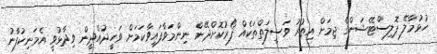
ހުޅުމާލޭ ޕޮލިސްޓޭޝަންގެ ޖިމަށް އިތުރު ވަސީލަތްތަކެއް ފޯރުކޮށްދޭން ނިންމަވާފައިވާކަމަށް ވަހީދުއްދީން ވިދާޅުވީ އެމަނިކުފާނު